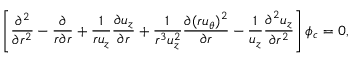
\left[ \frac { \partial ^ { 2 } } { \partial r ^ { 2 } } - \frac { \partial } { r \partial r } + \frac { 1 } { r u _ { z } } \frac { \partial u _ { z } } { \partial r } + \frac { 1 } { r ^ { 3 } u _ { z } ^ { 2 } } \frac { \partial ( r u _ { \theta } ) ^ { 2 } } { \partial r } - \frac { 1 } { u _ { z } } \frac { \partial ^ { 2 } u _ { z } } { \partial r ^ { 2 } } \right] \phi _ { c } = 0 ,